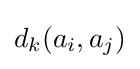
d_{k}(a_{i},a_{j})